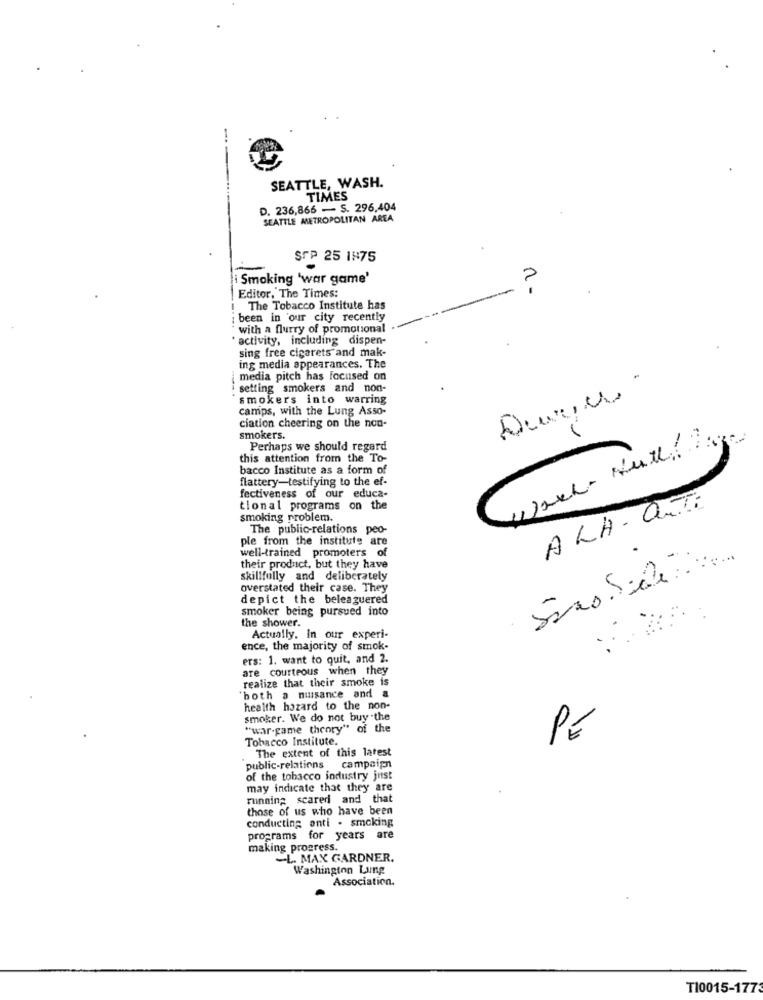
SEATTLE, WASH.
TIMES
D. 236,866 - S. 296,404
SEATTLE METROPOLITAN AREA
SCP 25 IN75
Smoking 'war game'
Editor, The Times:
The Tobacco Institute has
: been in our city recently
with a flurry of promotional
' activity, including dispen-
sing free cigarets and mak-
ing media appearances. The
media pitch has Focused on
setting smokers and non-
smokers into warring
camps, with the Lung Asso-
ciation cheering on the non-
smokers.
-
Perhaps we should regard
this attention from the To-
bacco Institute as a form of
flattery-testifying to the ef-
fectiveness of our educa-
tional programs on the
ALA- CUTE
smoking problem.
The public-relations peo-
ple from the institute are
well-trained promoters of
their product, but they have
skillfully and deliberately
overstated their case. They
depict the beleaguered
smoker being pursued into
the shower.
Actually. In our experi-
ence, the majority of smok.
ers: 1. want to quit, and 2.
are courteous when they
realize that their smoke is
`both a nuisance and a
health hazard to the non-
smoker. We do not buy the
"war-game theory" of the
Tobacco Institute.
PE
The extent of this latest
public-relations campaign
of the tobacco industry just
may indicate that they are
running scaredi and that
those of us who have been
conducting anti . smoking
programs for years are
making progress.
-L. MAX GARDNER.
Washington Lung
Association.
T10015-1773